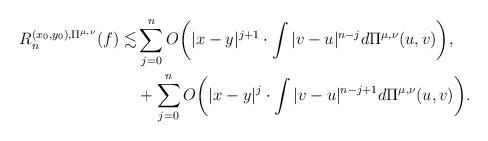
LaTeX: \begin{align*}R_{n}^{(x_0, y_0), \Pi^{\mu, \nu}}(f) \lesssim& \sum_{j=0}^n O\bigg( |x-y|^{j+1} \cdot \int |v-u|^{n-j} d\Pi^{\mu, \nu}(u, v) \bigg), \\&+ \sum_{j=0}^n O\bigg( |x-y|^{j} \cdot \int |v-u|^{n-j+1} d\Pi^{\mu, \nu}(u, v) \bigg). \end{align*}